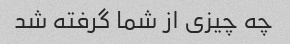
چه چیزی از شما گرفته شد